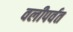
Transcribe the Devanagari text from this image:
वलीपर्वत